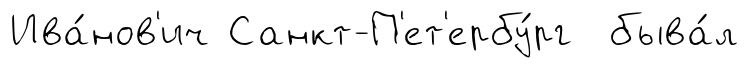
Ива́нов'ич Санкт-П'ет'ербу́рг быва́л